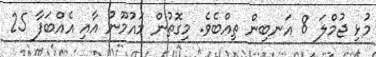
މުޅި ޖުމްލަ 8 އަނބިން ތިއްބެވެ. މިގޮތުން މައުމޫނު އާއި އެއްބަފާ 25